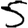
Digit: 5